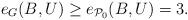
LaTeX: \begin{align*}e_G(B,U) \geq e_{\mathcal{P}_0}(B,U)=3.\end{align*}